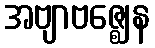
အဗျာဗဇ္ဈေန